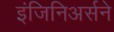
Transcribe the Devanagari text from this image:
इंजिनिअर्सने